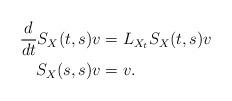
LaTeX: \begin{align*}\frac{d}{dt} S_X(t,s)v & = L_{X_t} S_X(t,s)v \\ S_X(s,s)v & = v. \end{align*}